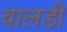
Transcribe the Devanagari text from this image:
वालडी